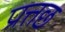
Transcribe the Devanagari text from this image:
प्रत्तछ